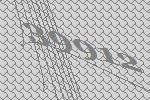
39912